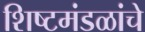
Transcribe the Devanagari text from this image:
शिष्टमंडळांचे